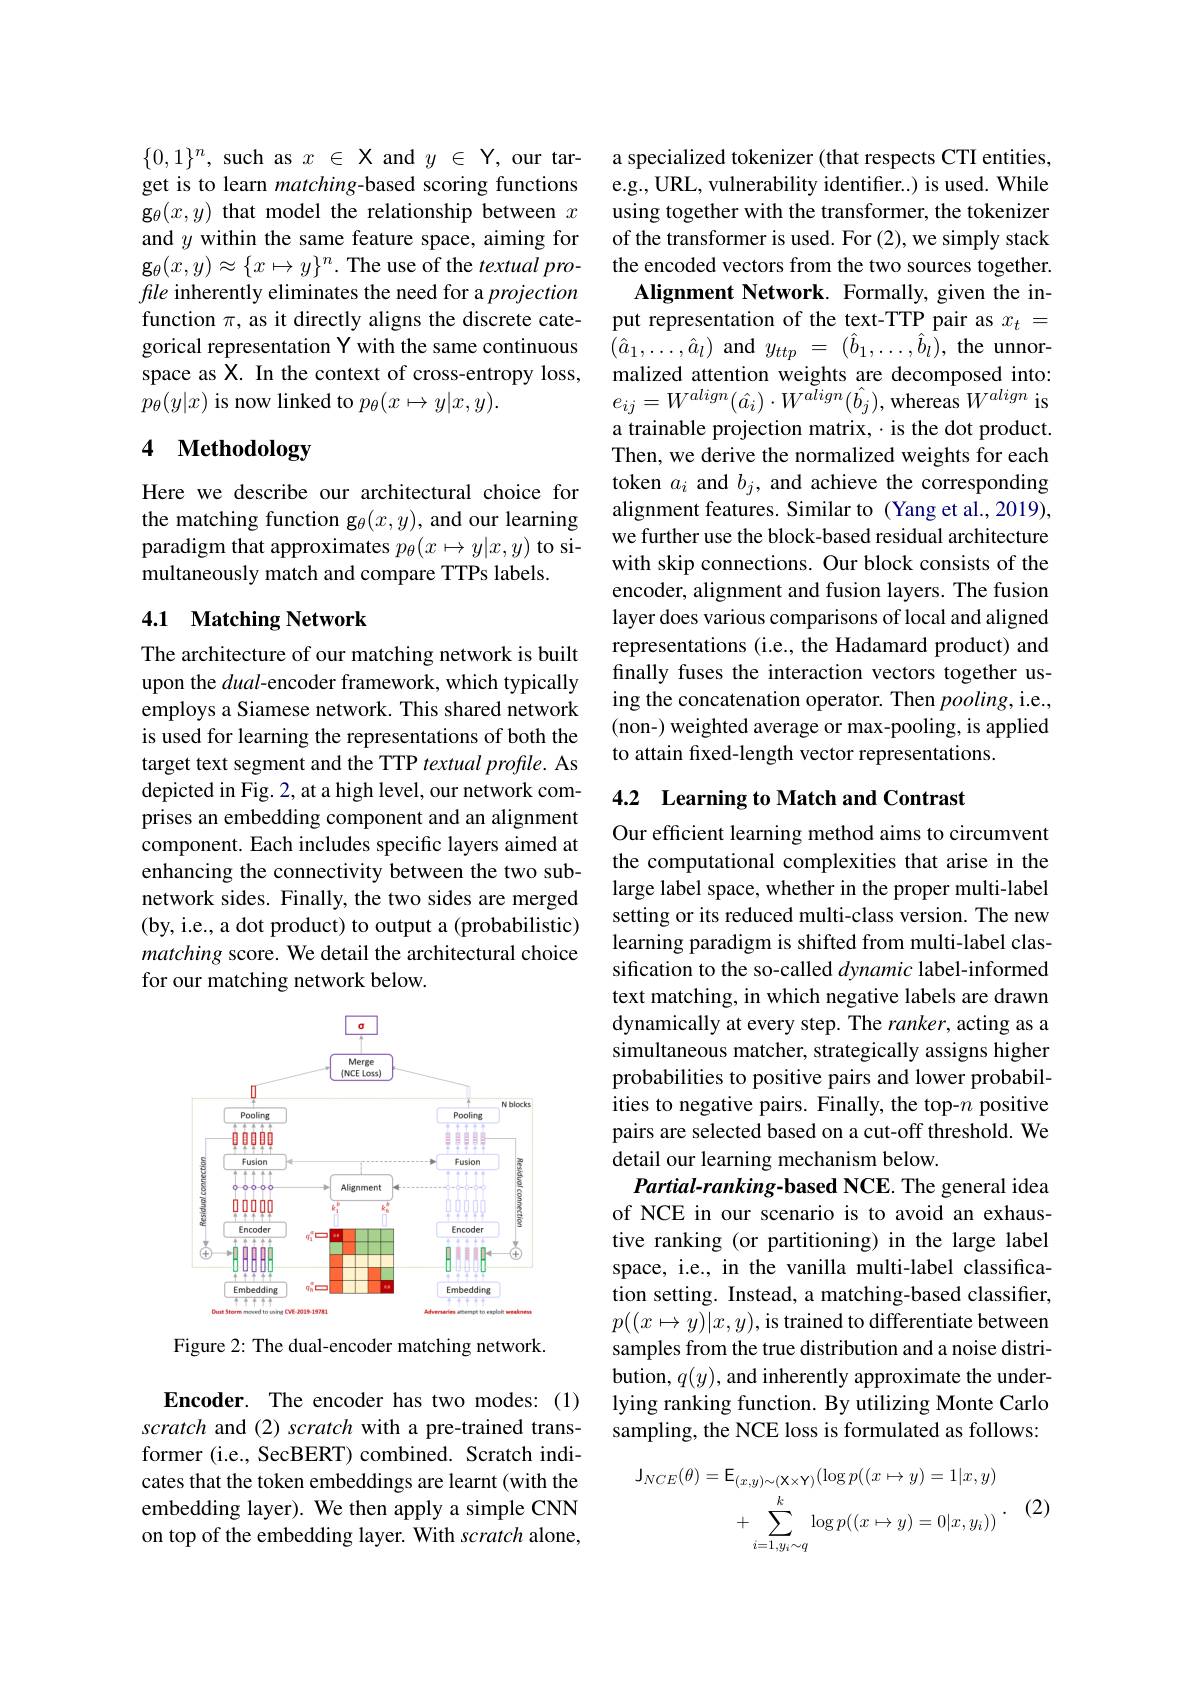
$\{0,1\}^n$, such as $x\in \textbf{Xand}y\in$Y, our tar- get is to learn matching-based scoring functions $\mathbf{g}_\theta(x,y)$ that model the relationship between $x$ and $y$ within the same feature space, aiming for g$_\theta(x,y)\approx\{x\mapsto y\}^n.$ The use of the textual profle inherently eliminates the need for a projection function $\pi$, as it directly aligns the discrete categorical representation Y with the same continuous space as X. In the context of cross-entropy loss, $p_{\theta}(y|x)$ is now linked to $p_\theta(x\mapsto y|x,y).$

# 4 Methodology

Here we describe our architectural choice for the matching function g$_\theta(x,y)$, and our learning paradigm that approximates $p_\theta(x\mapsto y|x,y)$ to simultaneously match and compare TTPs labels.

## 4.1 Matching Network

The architecture of our matching network is built upon the dual-encoder framework, which typically employs a Siamese network. This shared network is used for learning the representations of both the target text segment and the TTP textual profile. As depicted in Fig. 2, at a high level, our network comprises an embedding component and an alignment component. Each includes specific layers aimed at enhancing the connectivity between the two subnetwork sides. Finally, the two sides are merged (by, i.e., a dot product) to output a (probabilistic) matching score. We detail the architectural choice for our matching network below.

<FigureHere>

Figure 2: The dual-encoder matching network.

Encoder. The encoder has two modes: (1)

scratch and (2) scratch with a pre-trained transformer (i.e., SecBERT) combined. Scratch indicates that the token embeddings are learnt (with the embedding layer). We then apply a simple CNN on top of the embedding layer. With scratch alone,

a specialized tokenizer (that respects CTI entities, e.g., URL, vulnerability identifier..) is used. While using together with the transformer, the tokenizer of the transformer is used. For (2), we simply stack the encoded vectors from the two sources together.
Alignment Network. Formally, given the input representation of the text-TTP pair as $x_t=$ $\bar{(}\hat{a}_{1},\ldots,\hat{a}_{l})$ and $y_ttp$ = $( \hat{b} _{1}, \ldots , \hat{b} _{l}) $, the unnormalized attention weights are decomposed into: $e_{ij}=W^{align}(\hat{a}_{i})\cdot W^{align}(\hat{b}_{j})$,whereas $W^{align}$ is a trainable projection matrix, ·is the dot product. Then, we derive the normalized weights for each token $a_i$ and $b_j$, and achieve the corresponding alignment features. Similar to (Yang et al.,2019), we further use the block-based residual architecture with skip connections. Our block consists of the encoder, alignment and fusion layers. The fusion layer does various comparisons of local and aligned representations (i.e., the Hadamard product) and finally fuses the interaction vectors together using the concatenation operator. Then $pooling$,i.e., (non-) weighted average or max-pooling, is applied to attain fixed-length vector representations.

### 4.2 Learning to Match and Contrast

Our efficient learning method aims to circumvent the computational complexities that arise in the large label space, whether in the proper multi-label setting or its reduced multi-class version. The new learning paradigm is shifted from multi-label classification to the so-called dynamic label-informed text matching, in which negative labels are drawn dynamically at every step. The ranker, acting as a simultaneous matcher, strategically assigns higher probabilities to positive pairs and lower probabilities to negative pairs. Finally, the top-$n$ positive pairs are selected based on a cut-off threshold. We detail our learning mechanism below.
Partial-ranking-based NCE. The general idea of NCE in our scenario is to avoid an exhaustive ranking (or partitioning) in the large label space, i.e., in the vanilla multi-label classification setting. Instead, a matching-based classifier, $p((x\mapsto y)|x,y)$,is trained to differentiate between samples from the true distribution and a noise distribution, $q(y)$, and inherently approximate the underlying ranking function. By utilizing Monte Carlo sampling, the NCE loss is formulated as follows:
$$\begin{aligned}\mathsf{J}_{NCE}(\theta)&=\mathsf{E}_{(x,y)\sim(\mathbf{X}\times\mathbf{Y})}(\log p((x\mapsto y)=1|x,y)\\&+\sum_{i=1,y_{i}\sim q}^{k}\log p((x\mapsto y)=0|x,y_{i}))\end{aligned}.$$
(2)